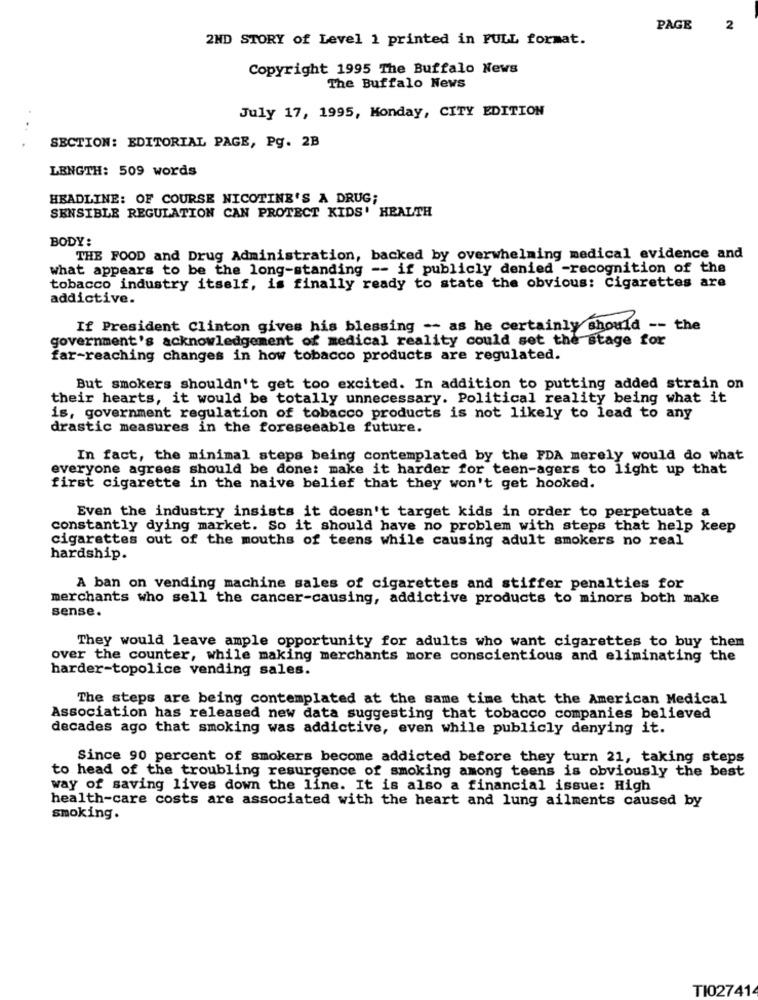
PAGE
2
2ND STORY of Level 1 printed in FULL format.
Copyright 1995 The Buffalo News
The Buffalo News
July 17, 1995, Monday, CITY EDITION
...
SECTION: EDITORIAL PAGE, Pg. 2B
LENGTH: 509 words
HEADLINE: OF COURSE NICOTINE'S A DRUG;
SENSIBLE REGULATION CAN PROTECT KIDS' HEALTH
BODY:
THE FOOD and Drug Administration, backed by overwhelming medical evidence and
what appears to be the long-standing -- if publicly denied -recognition of the
tobacco industry itself, is finally ready to state the obvious: Cigarettes are
addictive.
If President Clinton gives his blessing -- as he certainly should -- the
government's acknowledgement of medical reality could set the stage for
far-reaching changes in how tobacco products are regulated.
But smokers shouldn't get too excited. In addition to putting added strain on
their hearts, it would be totally unnecessary. Political reality being what it
is, government regulation of tobacco products is not likely to lead to any
drastic measures in the foreseeable future.
In fact, the minimal steps being contemplated by the FDA merely would do what
everyone agrees should be done: make it harder for teen-agers to light up that
first cigarette in the naive belief that they won't get hooked.
Even the industry insists it doesn't target kids in order to perpetuate a
constantly dying market. So it should have no problem with steps that help keep
cigarettes out of the mouths of teens while causing adult smokers no real
hardship.
A ban on vending machine sales of cigarettes and stiffer penalties for
merchants who sell the cancer-causing, addictive products to minors both make
sense.
They would leave ample opportunity for adults who want cigarettes to buy them
over the counter, while making merchants more conscientious and eliminating the
harder-topolice vending sales.
The steps are being contemplated at the same time that the American Medical
Association has released new data suggesting that tobacco companies believed
decades ago that smoking was addictive, even while publicly denying it.
Since 90 percent of smokers become addicted before they turn 21, taking steps
to head of the troubling resurgence of smoking among teens is obviously the best
way of saving lives down the line. It is also a financial issue: High
health-care costs are associated with the heart and lung ailments caused by
smoking.
TI02741